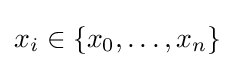
x_{i}\in \{x_{0},\dots ,x_{n}\}